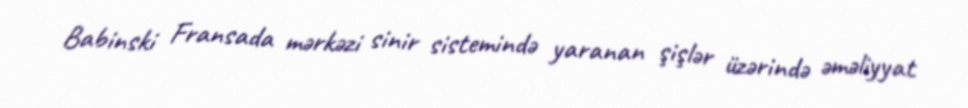
Babinski Fransada mərkəzi sinir sistemində yaranan şişlər üzərində əməliyyat